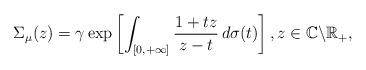
LaTeX: \begin{align*}\Sigma_{\mu}(z)=\gamma\exp\left[\int_{[0,+\infty]}\frac{1+tz}{z-t}\,d\sigma(t)\right],z\in\mathbb{C}\backslash\mathbb{R}_{+},\end{align*}